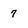
Character: 7